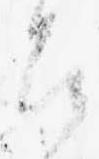
召